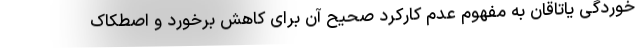
خوردگی یاتاقان به مفهوم عدم کارکرد صحیح آن برای کاهش برخورد و اصطکاک